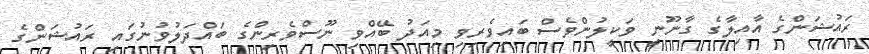
ރައުޝަންގެ އާއިލާގެ ގާނޫނީ ވަކީލުންވެސް ބައިވެރިވި މިއަދު ބޭއްވި ނޫސްވެރިންގެ ބައްދަލުވުނުގައި ރައުޝަންގެ